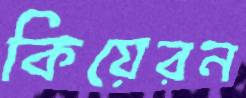
কিয়েরন